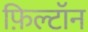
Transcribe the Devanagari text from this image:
फ़िल्टॉन